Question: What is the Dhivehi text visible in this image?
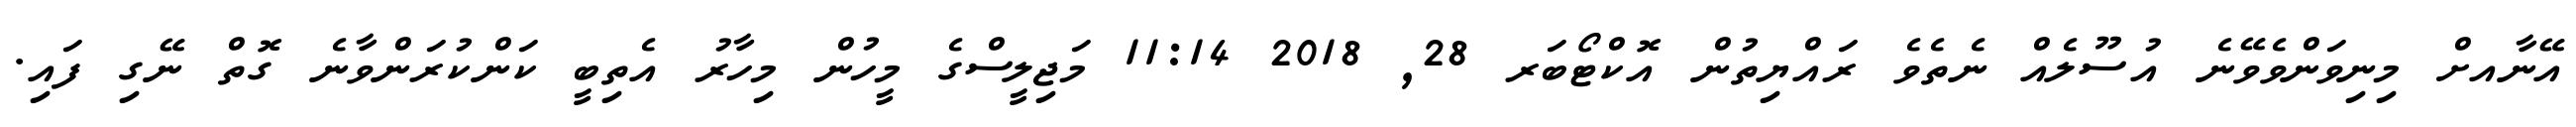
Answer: އޭނާއށް މިނިވަންވެވޭނެ އުސޫލެއް ނެތެވެ ރައްޔިތުން އޮކްޓޯބަރ 28, 2018 11:14 މަޖިލީސްގެ މީހުން މިހާރު އެތިބީ ކަންކުރަންވާނެ ގޮތް ނޭގި ފައި.